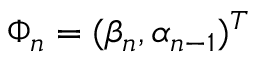
\Phi _ { n } = ( \mathbb { \beta } _ { n } , \mathbb { \alpha } _ { n - 1 } ) ^ { T }